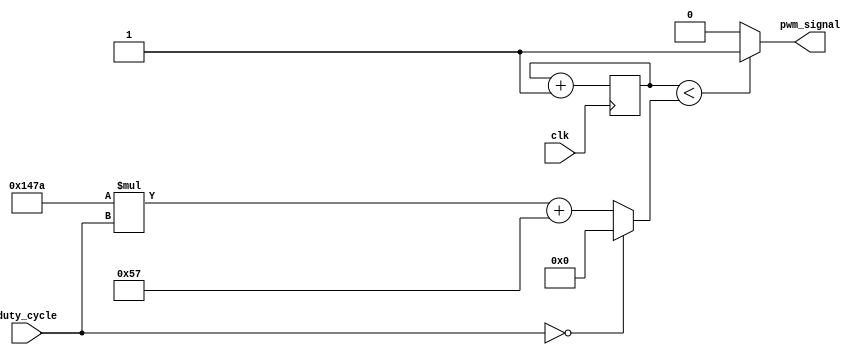
/**
 * PWM Signal Generator
 *   We set the output signal to 95 Hz.
 *     50 MHz / 95 Hz ~ 526316
 *     lg 526316 ~ 19
 *   Thus 0 <= counter <= 524287.
 *   Also note that 0 <= duty_cycle <= 100.
 */

module pwm_gen(
		input clk,
		input [6:0] duty_cycle,
		output pwm_signal
	);

reg  [18:0] counter = 0;
wire [18:0] high;

assign high = (duty_cycle == 0) ? 0 : (5242 * duty_cycle + 87);
assign pwm_signal = (counter < high) ? 1 : 0;

always @(posedge clk) begin
	counter <= counter + 1;
end

endmodule